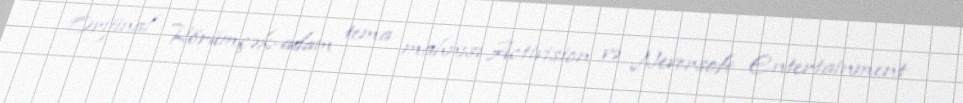
Orijinal Hörümçək-adam tema mahnısı Activision və Neversoft Entertainment